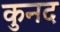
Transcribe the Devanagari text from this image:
कुनद